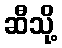
ဆီသို့